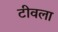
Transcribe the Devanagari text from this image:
टीवला